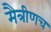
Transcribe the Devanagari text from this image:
मैत्रीणच